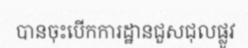
បានចុះបើកការដ្ឋានជួសជុលផ្លូវ